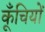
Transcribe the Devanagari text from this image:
कूँचियों